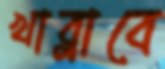
খাব্‌লাবে